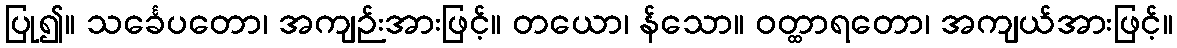
ပြု၍။ သင်္ခေပတော၊ အကျဉ်းအားဖြင့်။ တယော၊ န်သော။ ဝတ္ထာရတော၊ အကျယ်အားဖြင့်။